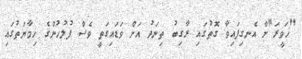
"ހަވީރަ"ށް އެނގިފައިވާ ގޮތުގައި ރާގިބު ތިނަދު އަށް ވަޑައިގަތީ ވެސް ފުލުހުންގެ ހިމާޔަތުގައި